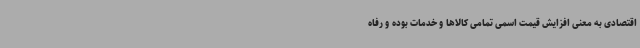
اقتصادی به معنی افزایش قیمت اسمی تمامی کالاها و خدمات بوده و رفاه